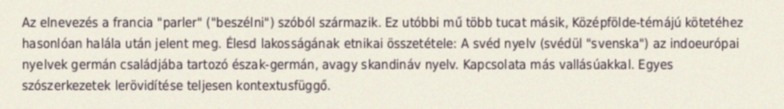
Az elnevezés a francia "parler" ("beszélni") szóból származik. Ez utóbbi mű több tucat másik, Középfölde-témájú kötetéhez hasonlóan halála után jelent meg. Élesd lakosságának etnikai összetétele: A svéd nyelv (svédül "svenska") az indoeurópai nyelvek germán családjába tartozó észak-germán, avagy skandináv nyelv. Kapcsolata más vallásúakkal. Egyes szószerkezetek lerövidítése teljesen kontextusfüggő.